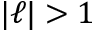
| \ell | > 1